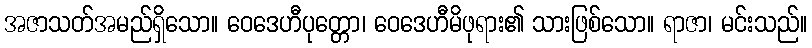
အဇာသတ်အမည်ရှိသော။ ဝေဒေဟီပုတ္တော၊ ဝေဒေဟီမိဖုရား၏ သားဖြစ်သော။ ရာဇာ၊ မင်းသည်။